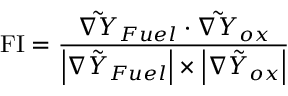
\operatorname { F I } = \frac { \tilde { \nabla Y } _ { F u e l } \cdot \tilde { \nabla Y } _ { o x } } { \left| \nabla \tilde { Y } _ { F u e l } \right| \times \left| \nabla \tilde { Y } _ { o x } \right| }